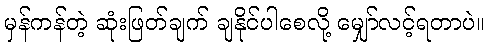
မှန်ကန်တဲ့ ဆုံးဖြတ်ချက် ချနိုင်ပါစေလို့ မျှော်လင့်ရတာပဲ။